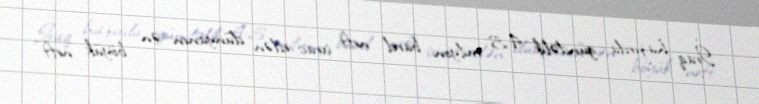
İraq hazırda gündəlik 4,5 milyon barel neft ixrac edən dünyanın ən böyük neft